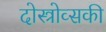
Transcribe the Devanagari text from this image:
दोस्त्रोव्सकी